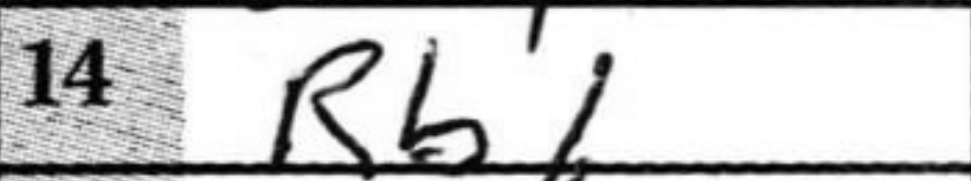
Transcription: Rb1